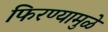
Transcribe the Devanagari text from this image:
फिरण्यामुळे